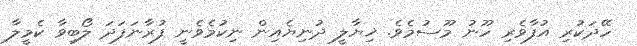
ހޭދަކުރި އުފާވެރި ހޫނު މޫސުމެވެ. ޚިޔާލީ ދުނިޔެއިން ނިކުމެވެނީ ފުރާނަފަދަ ލޯބިވާ ކެމީލާ